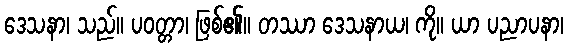
ဒေသနာ၊ သည်။ ပဝတ္တာ၊ ဖြစ်၏။ တဿာ ဒေသနာယ၊ ကို။ ယာ ပညာပနာ၊